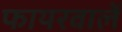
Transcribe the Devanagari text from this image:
फायरवालें